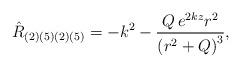
LaTeX: \begin{align*}{\hat{R}}_{(2)(5)(2)(5)}=-k^2-\frac{Q\,e^{2kz}r^2}{{(r^2+Q)}^3},\end{align*}